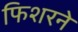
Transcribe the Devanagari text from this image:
फिशरने